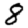
Digit: 8